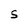
Character: S